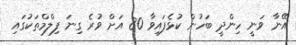
އޭނާ ވަނީ ހިންދީ ބަހުން ކުޅެފައިވާ 80 އަށް ވުރެ ގިނަ ފިލްމްތަކުގައި